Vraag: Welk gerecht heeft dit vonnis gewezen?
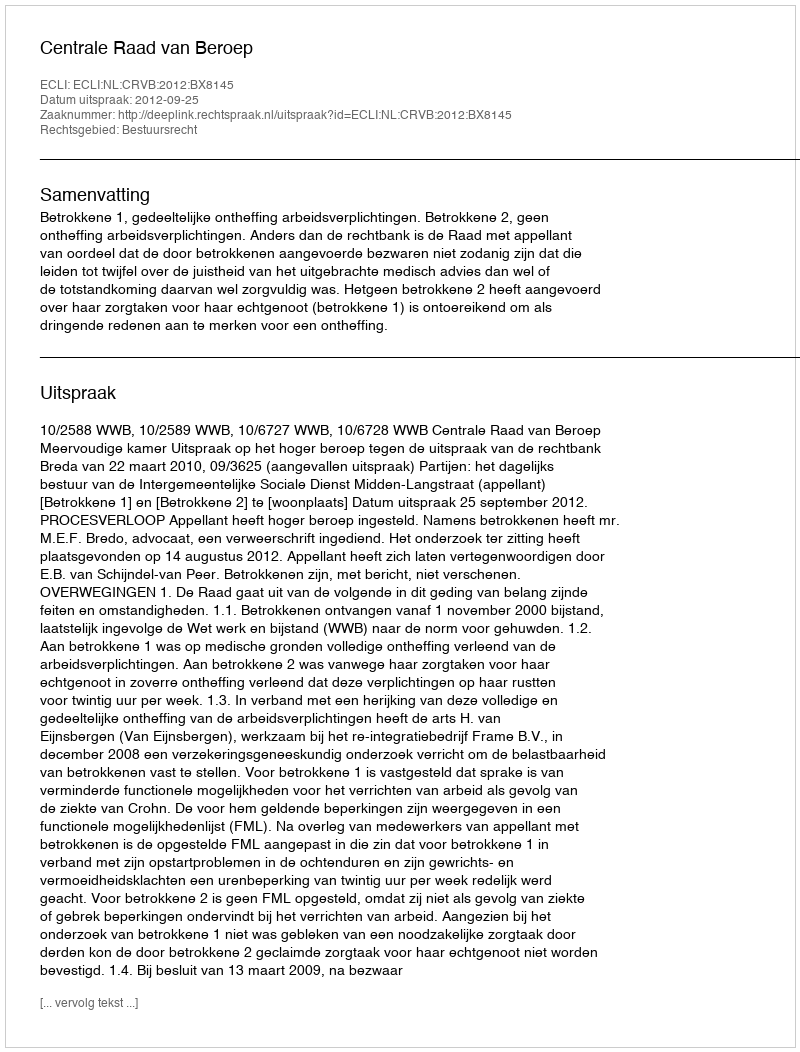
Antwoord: Centrale Raad van Beroep